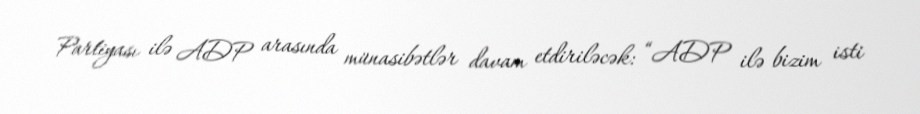
Partiyası ilə ADP arasında münasibətlər davam etdiriləcək: “ADP ilə bizim isti